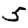
Digit: 5